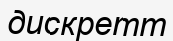
дискретт